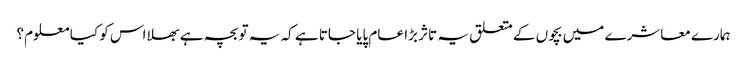
ہمارے معاشرے میں بچوں کے متعلق یہ تاثر بڑا عام پایا جاتا ہے کہ یہ تو بچہ ہے بھلا اس کو کیا معلوم؟